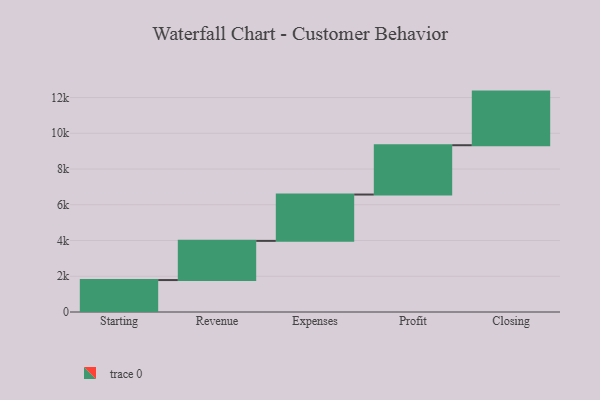
{"axis": {"x": "Step", "y": "Value"}, "legend": [""], "data": [{"x": "Starting", "y": 1787.0, "type": ""}, {"x": "Revenue", "y": 2193.0, "type": ""}, {"x": "Expenses", "y": 2592.0, "type": ""}, {"x": "Profit", "y": 2760.0, "type": ""}, {"x": "Closing", "y": 3000, "type": ""}]}